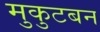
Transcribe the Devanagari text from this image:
मुकुटबन